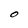
Character: O